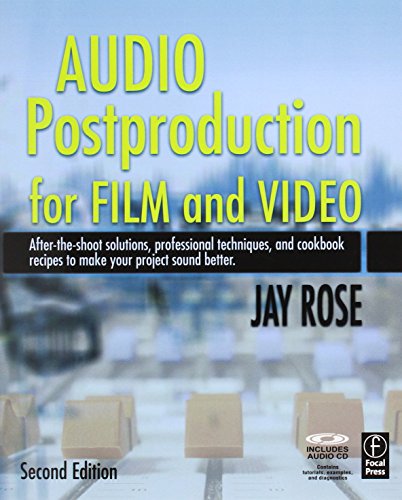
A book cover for Audio Postproduction for Film and Video: After-the-Shoot solutions, Professional Techniques,and Cookbook Recipes to Make Your Project Sound Better (DV Expert Series); Jay Rose; Humor & Entertainment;